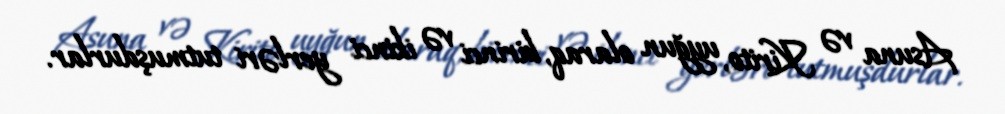
Asuna və Kirito, uyğun olaraq, birinci və ikinci yerləri tutmuşdurlar.